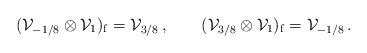
LaTeX: \begin{align*}({\cal V}_{-1/8}\otimes{\cal V}_{1})_{\mathrm{f}} = {\cal V}_{3/8} \,, \qquad ({\cal V}_{3/8}\otimes{\cal V}_{1})_{\mathrm{f}} = {\cal V}_{-1/8}\,.\end{align*}